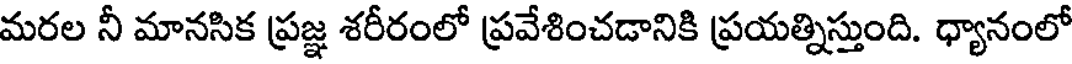
మరల నీ మానసిక ప్రజ్ఞ శరీరంలో ప్రవేశించడానికి ప్రయత్నిస్తుంది. ధ్యానంలో